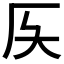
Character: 𠨮